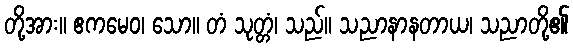
တို့အား။ ဧကမေဝ၊ သော။ တံ သုတ္တံ၊ သည်။ သညာနာနတာယ၊ သညာတို့၏